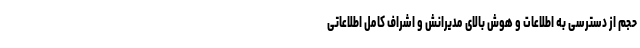
حجم از دسترسی به اطلاعات و هوش بالای مدیرانش و اشراف کامل اطلاعاتی